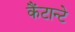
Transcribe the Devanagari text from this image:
कैंटान्टे